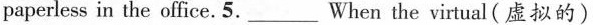
paperless in the office. 5.___When the virtual(虚拟的)